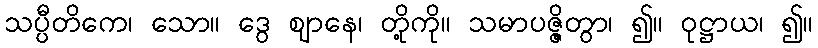
သပ္ပီတိကေ၊ သော။ ဒွေ ဈာနေ၊ တို့ကို။ သမာပဇ္ဇိတွာ၊ ၍။ ဝုဋ္ဌာယ၊ ၍။